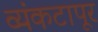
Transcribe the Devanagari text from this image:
व्यंकटापूर